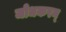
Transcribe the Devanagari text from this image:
जोधकरन्